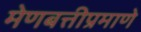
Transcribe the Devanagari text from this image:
मेणबत्तीप्रमाणे